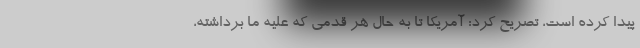
پیدا کرده است، تصریح کرد: آمریکا تا به حال هر قدمی که علیه ما برداشته،